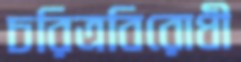
চরিত্রবিরোধী